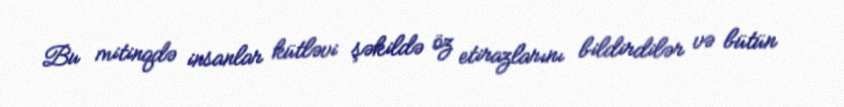
Bu mitinqdə insanlar kütləvi şəkildə öz etirazlarını bildirdilər və bütün